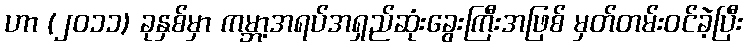
ဟာ (၂၀၁၁) ခုနှစ်မှာ ကမ္ဘာ့အရပ်အရှည်ဆုံးခွေးကြီးအဖြစ် မှတ်တမ်းဝင်ခဲ့ပြီး